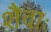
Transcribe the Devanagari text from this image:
शैवाः